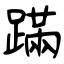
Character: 蹣